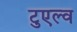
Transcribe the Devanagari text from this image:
टुएल्व